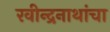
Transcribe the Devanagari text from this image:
रवीन्द्रनाथांचा